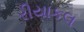
રીયાકલ